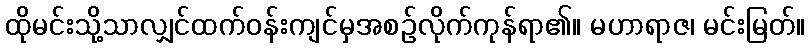
ထိုမင်းသို့သာလျှင်ထက်ဝန်းကျင်မှအစဉ်လိုက်ကုန်ရာ၏။ မဟာရာဇ၊ မင်းမြတ်။